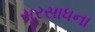
સૂરસાધના